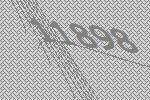
11898